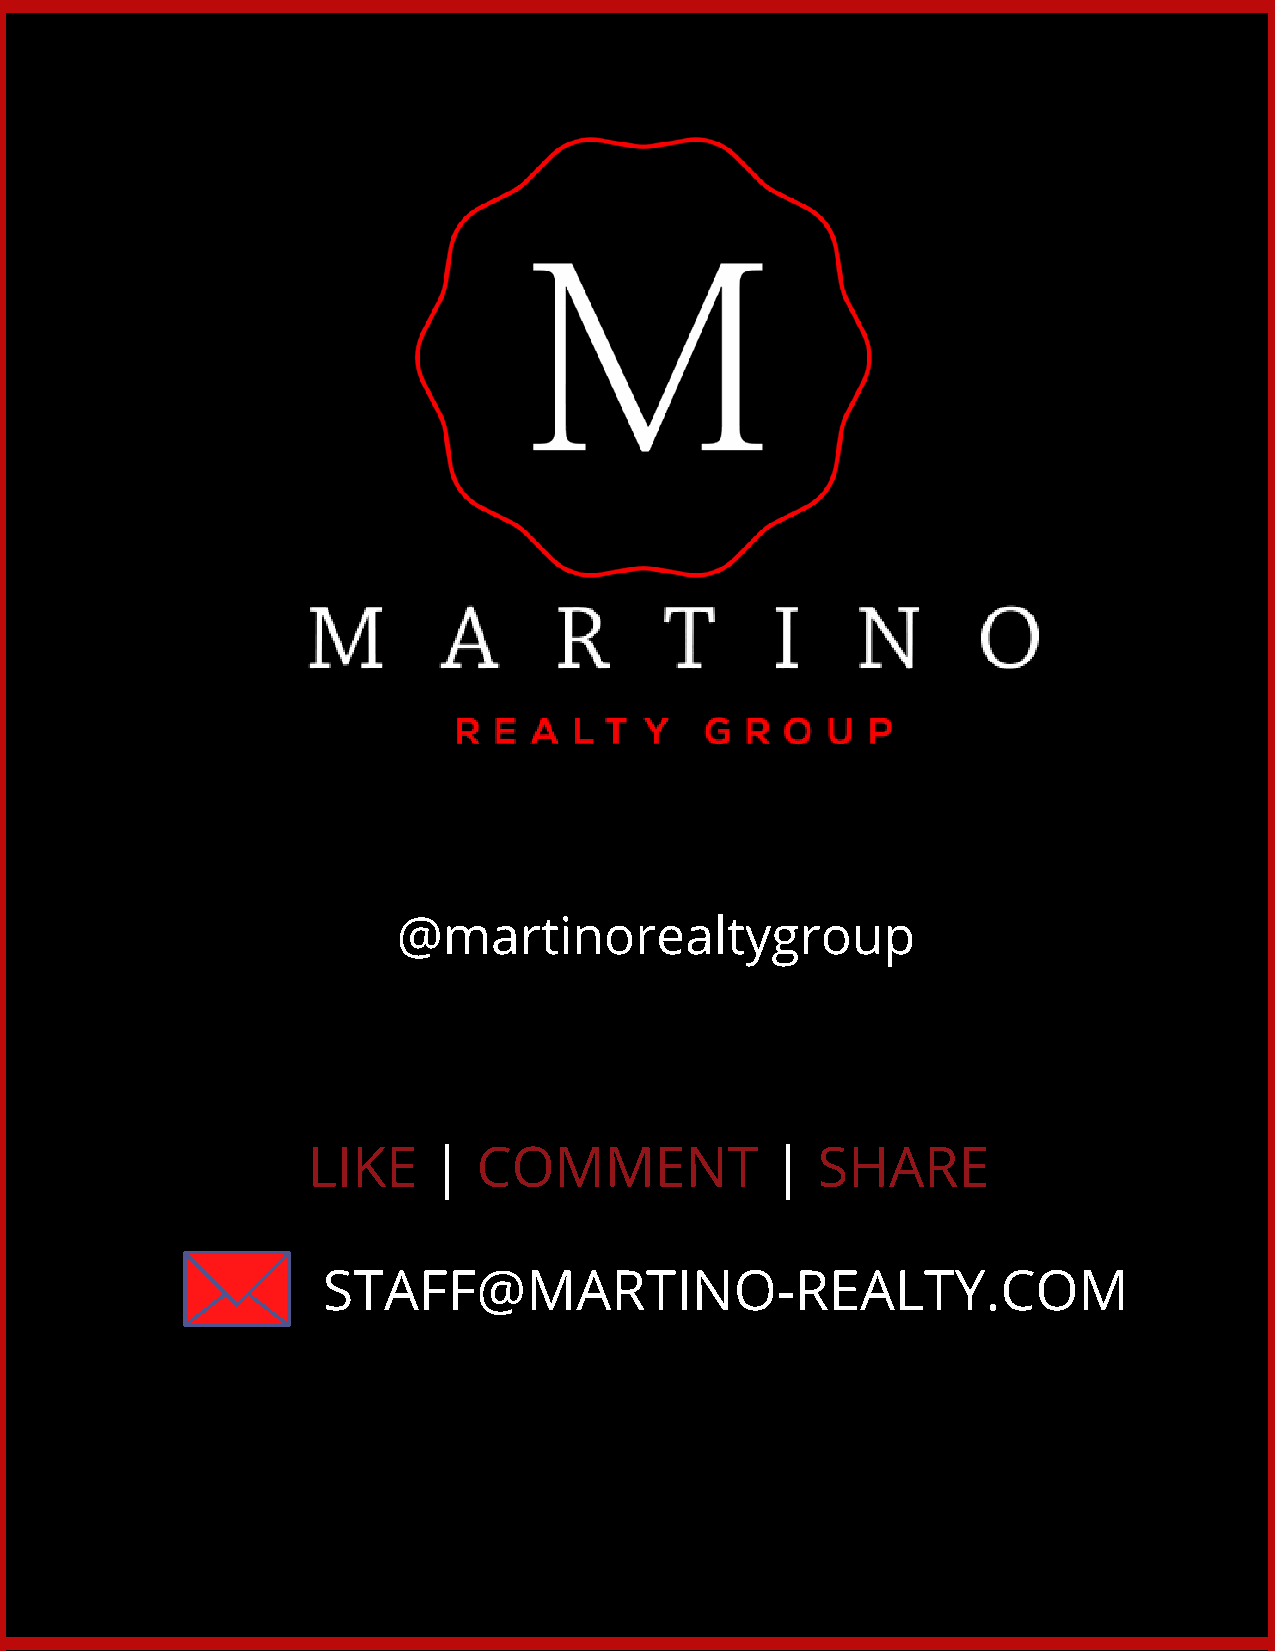
@martinorealtygroup
 LIKE     |  COMMENT            |  SHARE
 STAFF@MARTINO-REALTY.COM